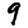
Digit: 9